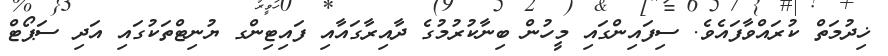
ޚިދުމަތް ކުރައްވާފައެވެ. ސިފައިންގައި މީހުން ބިނާކުރުމުގެ ދާއިރާގައާއި ފައިޓިންގ ޔުނިޓްތަކުގައި އަދި ސަޕޯޓް